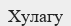
Хулагу